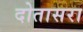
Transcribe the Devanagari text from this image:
दोतासरा